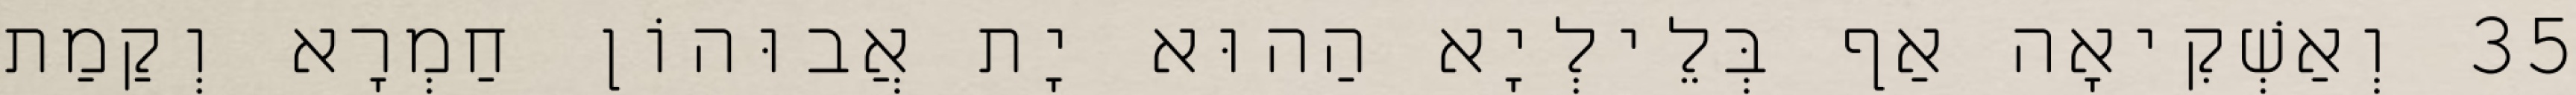
35 וְאַשְׁקִיאָה אַף בְּלֵילְיָא הַהוּא יָת אֲבוּהוֹן חַמְרָא וְקַמַת